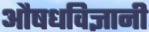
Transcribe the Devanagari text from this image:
औषधविज्ञानी